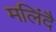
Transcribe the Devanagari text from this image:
मलिंदै